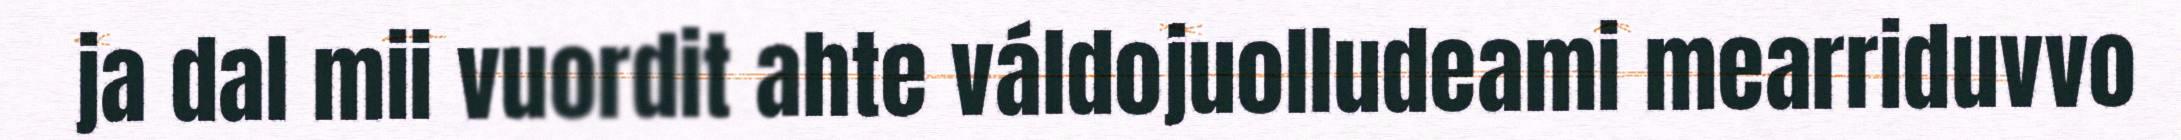
ja dal mii vuordit ahte váldojuolludeami mearriduvvo